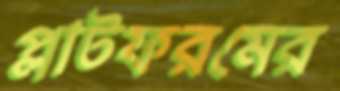
প্লাটফরমের